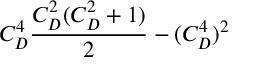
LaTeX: C _ { D } ^ { 4 } { \frac { C _ { D } ^ { 2 } ( C _ { D } ^ { 2 } + 1 ) } { 2 } } - ( C _ { D } ^ { 4 } ) ^ { 2 }